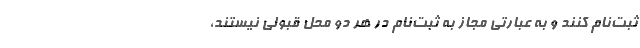
ثبت‌نام کنند و به عبارتی مجاز به ثبت‌نام در هر دو محل قبولی نیستند،